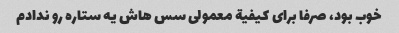
خوب بود، صرفا برای کیفیة معمولی سس هاش یه ستاره رو ندادم